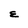
Character: E